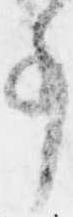
事